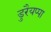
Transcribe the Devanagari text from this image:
डुरैयप्पा